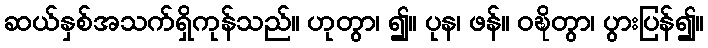
ဆယ်နှစ်အသက်ရှိကုန်သည်။ ဟုတွာ၊ ၍။ ပုန၊ ဖန်။ ဝဍ္ဎိတွာ၊ ပွားပြန်၍။